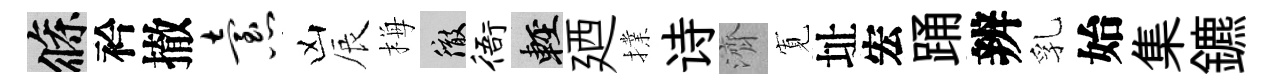
條衿撤怠凶辰梅徹衙輕廼擈诗濟𡩖址宏踊辨乳始集鑣